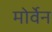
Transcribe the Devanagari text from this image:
मोर्वेन